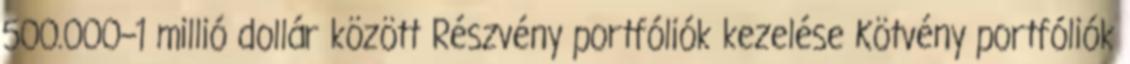
500.000–1 millió dollár között Részvény portfóliók kezelése Kötvény portfóliók